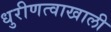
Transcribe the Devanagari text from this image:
धुरीणत्वाखाली